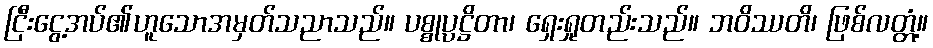
ငြီးငွေ့အပ်၏ဟူသောအမှတ်သညာသည်။ ပစ္စုပ္ပဋ္ဌိတာ၊ ရှေးရှုတည်းသည်။ ဘဝိဿတိ၊ ဖြစ်လတ္တံ့။